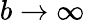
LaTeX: b\to\infty